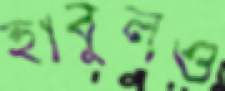
হাবুলও